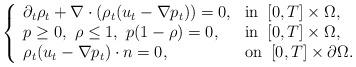
LaTeX: \begin{align*}\left\{\begin{array}{ll}\partial_t\rho_t+\nabla\cdot\left(\rho_t(u_t-\nabla p_t)\right)=0, &{\rm{in}}\;\; [0,T]\times\Omega,\\p\ge0,\ \rho\leq 1,\ p(1-\rho)=0,&{\rm{in}}\;\;[0,T]\times\Omega,\\\rho_t(u_t-\nabla p_t)\cdot n=0,&{\rm{on}}\;\;[0,T]\times\partial\Omega.\end{array}\right.\end{align*}